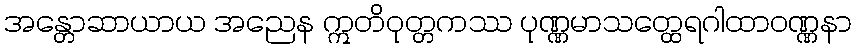
အန္တောဆာယာယ အညေန ဣတိဝုတ္တကဿ ပုဏ္ဏမာသတ္ထေရဂါထာဝဏ္ဏနာ